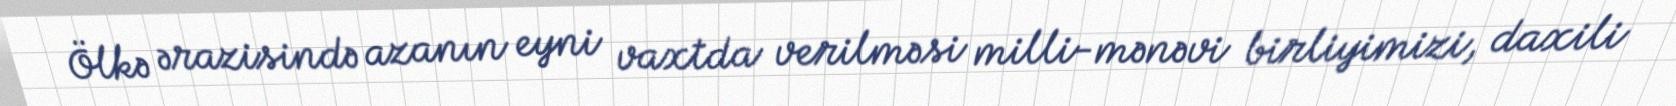
Ölkə ərazisində azanın eyni vaxtda verilməsi milli-mənəvi birliyimizi, daxili